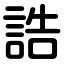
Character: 誥